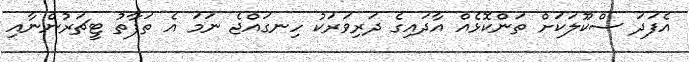
އެފަދަ ސްކޫލަކަށް ތަންކޮޅެއް އާދައިގެ ދަރިވަރަކު ހިނގައްޖެ ނަމަ އެ ތަފާތު ޓީޗަރުންނާއި